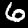
Label: 6